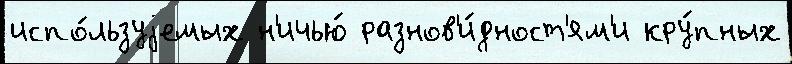
испо́льзуjемых н'ичью́ разнов'и́дност'ям'и кру́пных